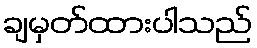
ချမှတ်ထားပါသည်